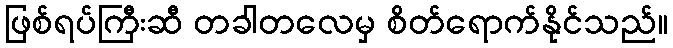
ဖြစ်ရပ်ကြီးဆီ တခါတလေမှ စိတ်ရောက်နိုင်သည်။